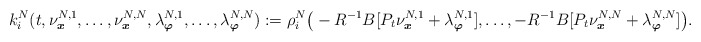
\begin{align*}k_i^N(t,\nu^{N,1}_{\boldsymbol{x}},\ldots,\nu^{N,N}_{\boldsymbol{x}},\lambda^{N,1}_{\boldsymbol{\varphi}},\ldots,\lambda^{N,N}_{\boldsymbol{\varphi}}):=\rho_i^N\big(-R^{-1}B[P_t\nu^{N,1}_{\boldsymbol{x}}+\lambda^{N,1}_{\boldsymbol{\varphi}}],\ldots,-R^{-1}B[P_t\nu^{N,N}_{\boldsymbol{x}}+\lambda^{N,N}_{\boldsymbol{\varphi}}]\big).\end{align*}